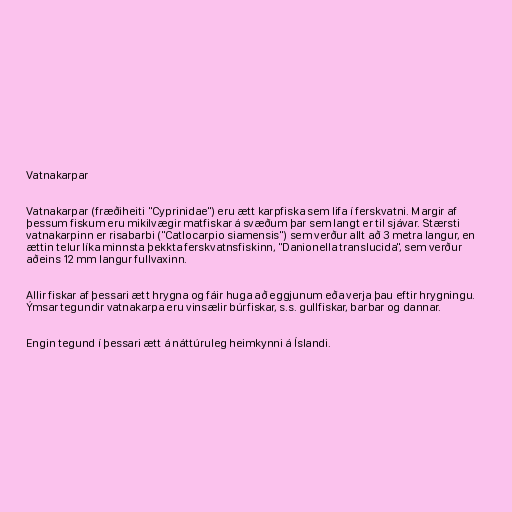
Vatnakarpar

Vatnakarpar (fræðiheiti "Cyprinidae") eru ætt karpfiska sem lifa í ferskvatni. Margir af
þessum fiskum eru mikilvægir matfiskar á svæðum þar sem langt er til sjávar. Stærsti
vatnakarpinn er risabarbi ("Catlocarpio siamensis") sem verður allt að 3 metra langur, en
ættin telur líka minnsta þekkta ferskvatnsfiskinn, "Danionella translucida", sem verður
aðeins 12 mm langur fullvaxinn.

Allir fiskar af þessari ætt hrygna og fáir huga að eggjunum eða verja þau eftir hrygningu.
Ýmsar tegundir vatnakarpa eru vinsælir búrfiskar, s.s. gullfiskar, barbar og dannar.

Engin tegund í þessari ætt á náttúruleg heimkynni á Íslandi.